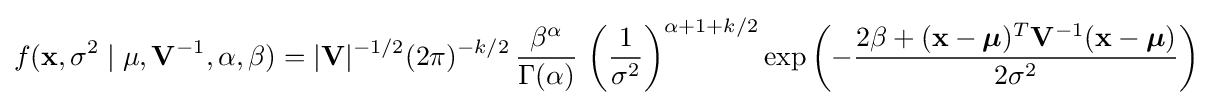
f(\mathbf {x} ,\sigma ^{2}\mid \mu ,\mathbf {V} ^{-1},\alpha ,\beta )=|\mathbf {V} |^{-1/2}{(2\pi )^{-k/2}}\,{\frac {\beta ^{\alpha }}{\Gamma (\alpha )}}\,\left({\frac {1}{\sigma ^{2}}}\right)^{\alpha +1+k/2}\exp \left(-{\frac {2\beta +(\mathbf {x} -{\boldsymbol {\mu }})^{T}\mathbf {V} ^{-1}(\mathbf {x} -{\boldsymbol {\mu }})}{2\sigma ^{2}}}\right)